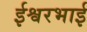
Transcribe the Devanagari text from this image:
ईश्वरभाई